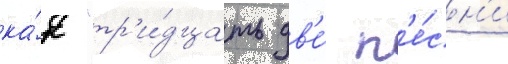
ка́к "тр'и́дцать дв'е́ п'е́сн'и